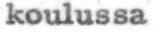
koulussa